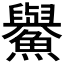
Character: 𩼹